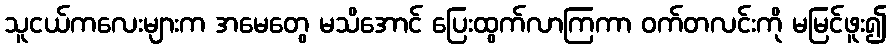
သူငယ်ကလေးများက အမေတွေ မသိအောင် ပြေးထွက်လာကြကာ ဝက်တလင်းကို မမြင်ဖူး၍